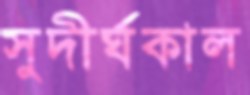
সুদীর্ঘকাল